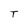
Character: T